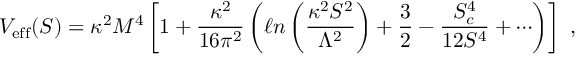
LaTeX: V _ { \mathrm { { e f f } } } ( S ) = \kappa ^ { 2 } M ^ { 4 } \left[ 1 + \frac { \kappa ^ { 2 } } { 1 6 \pi ^ { 2 } } \left( \ell n \left( \frac { \kappa ^ { 2 } S ^ { 2 } } { \Lambda ^ { 2 } } \right) + \frac { 3 } { 2 } - \frac { S _ { c } ^ { 4 } } { 1 2 S ^ { 4 } } + \cdots \right) \right] ~ ,